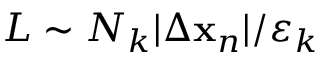
L \sim N _ { k } | \Delta \mathbf { x } _ { n } | / \varepsilon _ { k }